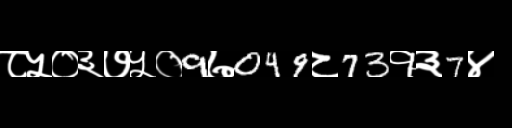
Text: ८५०३७५०9७049८73१३7४